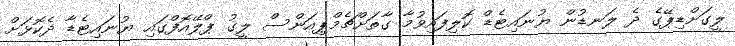
ލީގަށްޑިޕޭގެ ދެ ލަނޑުން ޔުނައިޓެޑް ކޮލިފައިވުމާ ގާތަށްޗެމްޕިއަންސް ލީގު ޕްލޭއޮފްގައި ޔުނައިޓެޑާ ދެކޮޅަށް